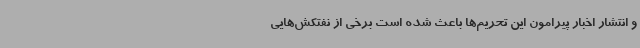
و انتشار اخبار پیرامون این تحریم‌ها باعث شده است برخی از نفتکش‌هایی